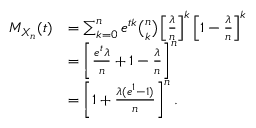
\begin{array} { r l } { M _ { X _ { n } } ( t ) } & { = \sum _ { k = 0 } ^ { n } e ^ { t k } \binom { n } { k } \left[ \frac { \lambda } { n } \right] ^ { k } \left[ 1 - \frac { \lambda } { n } \right] ^ { k } } \\ & { = \left[ \frac { e ^ { t } \lambda } { n } + 1 - \frac { \lambda } { n } \right] ^ { n } } \\ & { = \left[ 1 + \frac { \lambda ( e ^ { 1 } - 1 ) } { n } \right] ^ { n } . } \end{array}